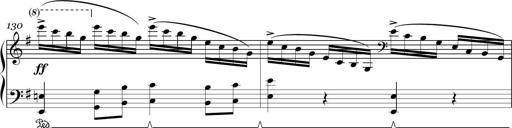
Title: Sonatina in E minor
Composer: Shuwen Zhang
Key: E minor